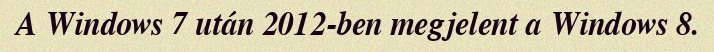
A Windows 7 után 2012-ben megjelent a Windows 8.